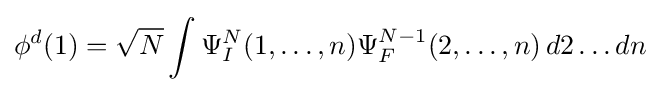
\phi ^{d}(1)={\sqrt {N}}\int \Psi _{I}^{N}(1,\dots ,n)\Psi _{F}^{N-1}(2,\dots ,n)\,d2\dots dn\;